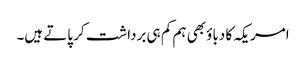
امریکہ کا دباؤ بھی ہم کم ہی برداشت کر پاتے ہیں۔